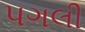
પગલી